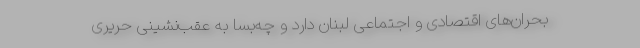
بحران‌های اقتصادی و اجتماعی لبنان دارد و چه‌بسا به عقب‌نشینی حریری